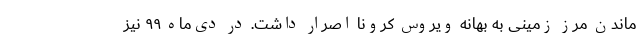
ماندن مرز زمینی به بهانه ویروس کرونا اصرار داشت. در دی‌ماه ۹۹ نیز